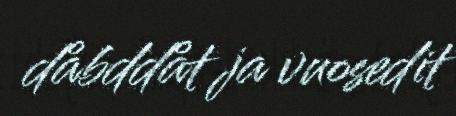
dåbddåt ja vuosedit